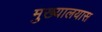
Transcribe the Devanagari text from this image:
मुख्यालयास